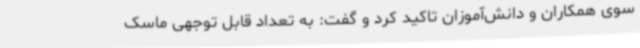
سوی همکاران و دانش‌آموزان تاکید کرد و گفت: به تعداد قابل توجهی ماسک